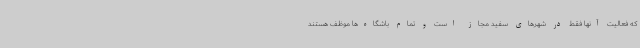
که فعالیت آنها فقط در شهرهای سفید مجاز است و تمام باشگاه‌ها موظف هستند